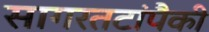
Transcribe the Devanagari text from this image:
सागरतटांपैकी